Problem: 5 × 2 = ?
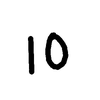
Handwritten answer: 10